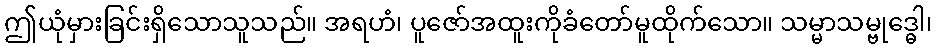
ဤယုံမှားခြင်းရှိသောသူသည်။ အရဟံ၊ ပူဇော်အထူးကိုခံတော်မူထိုက်သော။ သမ္မာသမ္ဗုဒ္ဓေါ၊